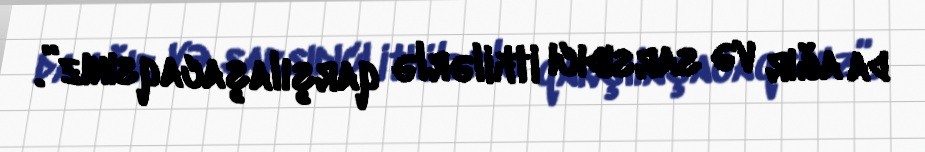
da ağır və sarsıdıcı itkilərlə qarşılaşacaqsınız”.